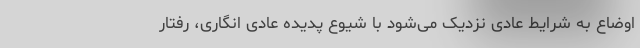
اوضاع به شرایط عادی نزدیک می‌شود با شیوع پدیده عادی انگاری، رفتار